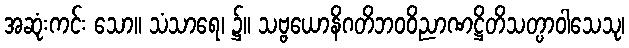
အဆုံးကင်း သော။ သံသာရေ၊ ၌။ သဗ္ဗယောနိဂတိဘဝဝိညာဏဋ္ဌိတိသတ္ပာဝါသေသု၊